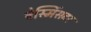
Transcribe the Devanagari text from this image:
वेस्मिंसटर